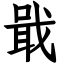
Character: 戢